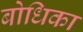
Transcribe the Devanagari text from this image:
बोधिका